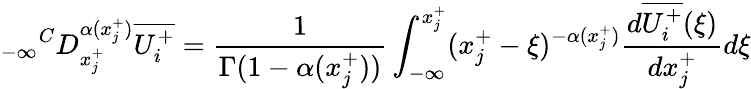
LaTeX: {_{-\infty}}^{C}D_{x_{j}^{+}}^{\alpha(x_{j}^{+})}\overline{{U_{i}^{+}}}=\frac{1}{\Gamma(1-\alpha(x_{j}^{+}))}\int_{-\infty}^{x_{j}^{+}}(x_{j}^{+}-\xi)^{-\alpha(x_{j}^{+})}\frac{d\overline{{U_{i}^{+}}}(\xi)}{dx_{j}^{+}}d\xi